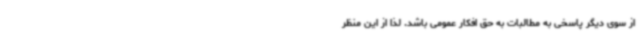
از سوی دیگر پاسخی به مطالبات به حق افکار عمومی باشد. لذا از این منظر